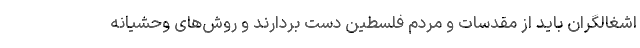
اشغالگران باید از مقدسات و مردم فلسطین دست بردارند و روش‌های وحشیانه